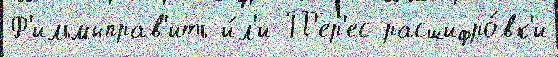
Ф'ильмыправ'ить и́л'и П'ер'ес расшифро́вк'и